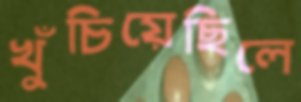
খুঁচিয়েছিলে